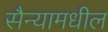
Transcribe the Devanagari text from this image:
सैन्यामधील